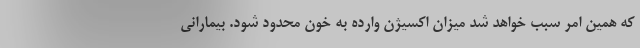
که همین امر سبب خواهد شد میزان اکسیژن وارده به خون محدود شود. بیمارانی